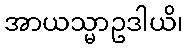
အာယသ္မာဥဒါယိ၊